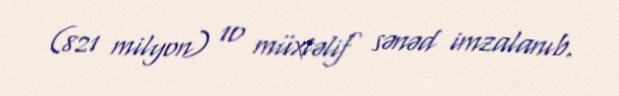
(821 milyon) 10 müxtəlif sənəd imzalanıb.